Vaccination in Burma 1912-1922 - 1912-1922
Year: 1912
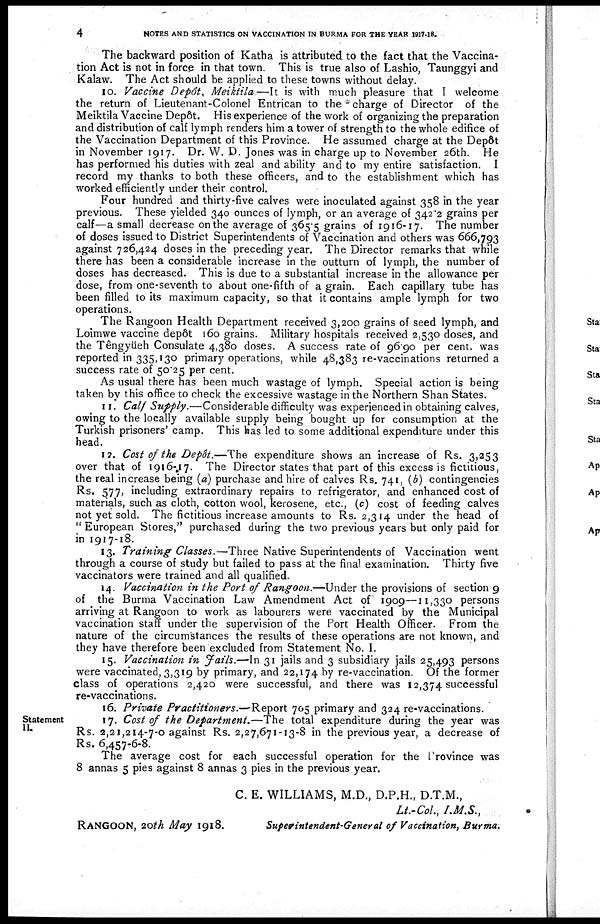
4
NOTES AND STATISTICS ON VACCINATION IN BURMA FOR THE YEAR 1917-18.
The backward position of Katha is attributed to the fact that the Vaccina-
tion Act is not in force in that town. This is true also of Lashio, Taunggyi and
Kalaw. The Act should be applied to these towns without delay.
10. Vaccine Depôt, Meiktila.—It is with much pleasure that I welcome
the return of Lieutenant-Colonel Entrican to the charge of Director of the
Meiktila Vaccine Depôt. His experience of the work of organizing the preparation
and distribution of calf lymph renders him a tower of strength to the whole edifice of
the Vaccination Department of this Province. He assumed charge at the Depôt
in November 1917. Dr. W. D. Jones was in charge up to November 26th. He
has performed his duties with zeal and ability and to my entire satisfaction. I
record my thanks to both these officers, and to the establishment which has
worked efficiently under their control.
Four hundred and thirty-five calves were inoculated against 358 in the year
previous. These yielded 340 ounces of lymph, or an average of 342.2 grains per
calf—a small decrease on the average of 365.5 grains of 1916-17. The number
of doses issued to District Superintendents of Vaccination and others was 666,793
against 726,424 doses in the preceding year. The Director remarks that while
there has been a considerable increase in the outturn of lymph, the number of
doses has decreased. This is due to a substantial increase in the allowance per
dose, from one-seventh to about one-fifth of a grain. Each capillary tube has
been filled to its maximum capacity, so that it contains ample lymph for two
operations.
The Rangoon Health Department received 3,200 grains of seed lymph, and
Loimwe vaccine depôt 160 grains. Military hospitals received 2,530 doses, and
the Tengyüeh Consulate 4,380 doses. A success rate of 96.90 per cent. was
reported in 335,130 primary operations, while 48,383 re-vaccinations returned a
success rate of 50.25 per cent.
As usual there has been much wastage of lymph. Special action is being
taken by this office to check the excessive wastage in the Northern Shan States.
11. Calf Supply.—Considerable difficulty was experienced in obtaining calves,
owing to the locally available supply being bought up for consumption at the
Turkish prisoners' camp. This has led to some additional expenditure under this
head.
12. Cost of the Depôt.—The expenditure shows an increase of Rs. 3,253
over that of 1916-17. The Director states that part of this excess is fictitious,
the real increase being (a) purchase and hire of calves Rs. 741, (b) contingencies
Rs. 577, including extraordinary repairs to refrigerator, and enhanced cost of
materials, such as cloth, cotton wool, kerosene, etc., (c) cost of feeding calves
not yet sold. The fictitious increase amounts to Rs. 2,314 under the head of
" European Stores," purchased during the two previous years but only paid for
in 1917-18.
13. Training Classes.—Three Native Superintendents of Vaccination went
through a course of study but failed to pass at the final examination. Thirty five
vaccinators were trained and all qualified.
14. Vaccination in the Port of Rangoon.—Under the provisions of section 9
of the Burma Vaccination Law Amendment Act of 1909—11,330 persons
arriving at Rangoon to work as labourers were vaccinated by the Municipal
vaccination staff under the supervision of the Port Health Officer. From the
nature of the circumstances the results of these operations are not known, and
they have therefore been excluded from Statement No. I.
15. Vaccination in Fails.—In 31 jails and 3 subsidiary jails 25,493 persons
were vaccinated, 3,319 by primary, and 22,174 by re-vaccination. Of the former
class of operations 2,420 were successful, and there was 12,374 successful
re-vaccinations.
Statement
II.
16. Private Practitioners.—Report 705 primary and 324 re-vaccinations.
17. Cost of the Department.—The total expenditure during the year was
Rs. 2,21,214-7-0 against Rs. 2,27,671-13-8 in the previous year, a decrease of
Rs. 6,457-6-8.
The average cost for each successful operation for the Province was
8 annas 5 pies against 8 annas 3 pies in the previous year.
C. E. WILLIAMS, M.D., D.P.H., D.T.M.,
Lt.-Col., I.M.S.,
RANGOON, 20th May 1918.
Superintendent-General of Vaccination, Burma.